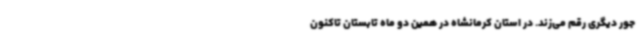
جور دیگری رقم می‌زند. در استان کرمانشاه در همین دو ماه تابستان تاکنون